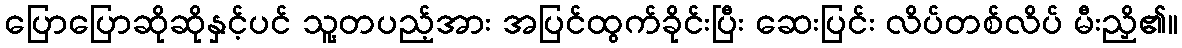
ပြောပြောဆိုဆိုနှင့်ပင် သူ့တပည့်အား အပြင်ထွက်ခိုင်းပြီး ဆေးပြင်း လိပ်တစ်လိပ် မီးညှိ၏။